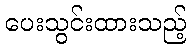
ပေးသွင်းထားသည့်